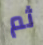
ثم